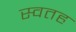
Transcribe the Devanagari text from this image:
स्वतह